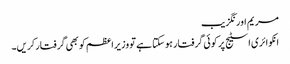
مریم اورنگزیب
انکوائری اسٹیج پر کوئی گرفتار ہوسکتا ہے تو وزیراعظم کو بھی گرفتارکریں۔